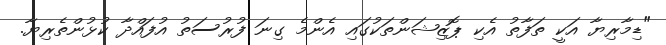
"ޑިމާރިޔާ އަކީ ތަފާތު އެކި ޕޮޒިޝަންތަކުގައި އެންމެ ގިނަ ފުރުސަތު އުފައްދާ ކުޅުންތެރިޔާ.